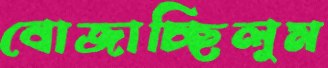
বোজাচ্ছিলুম